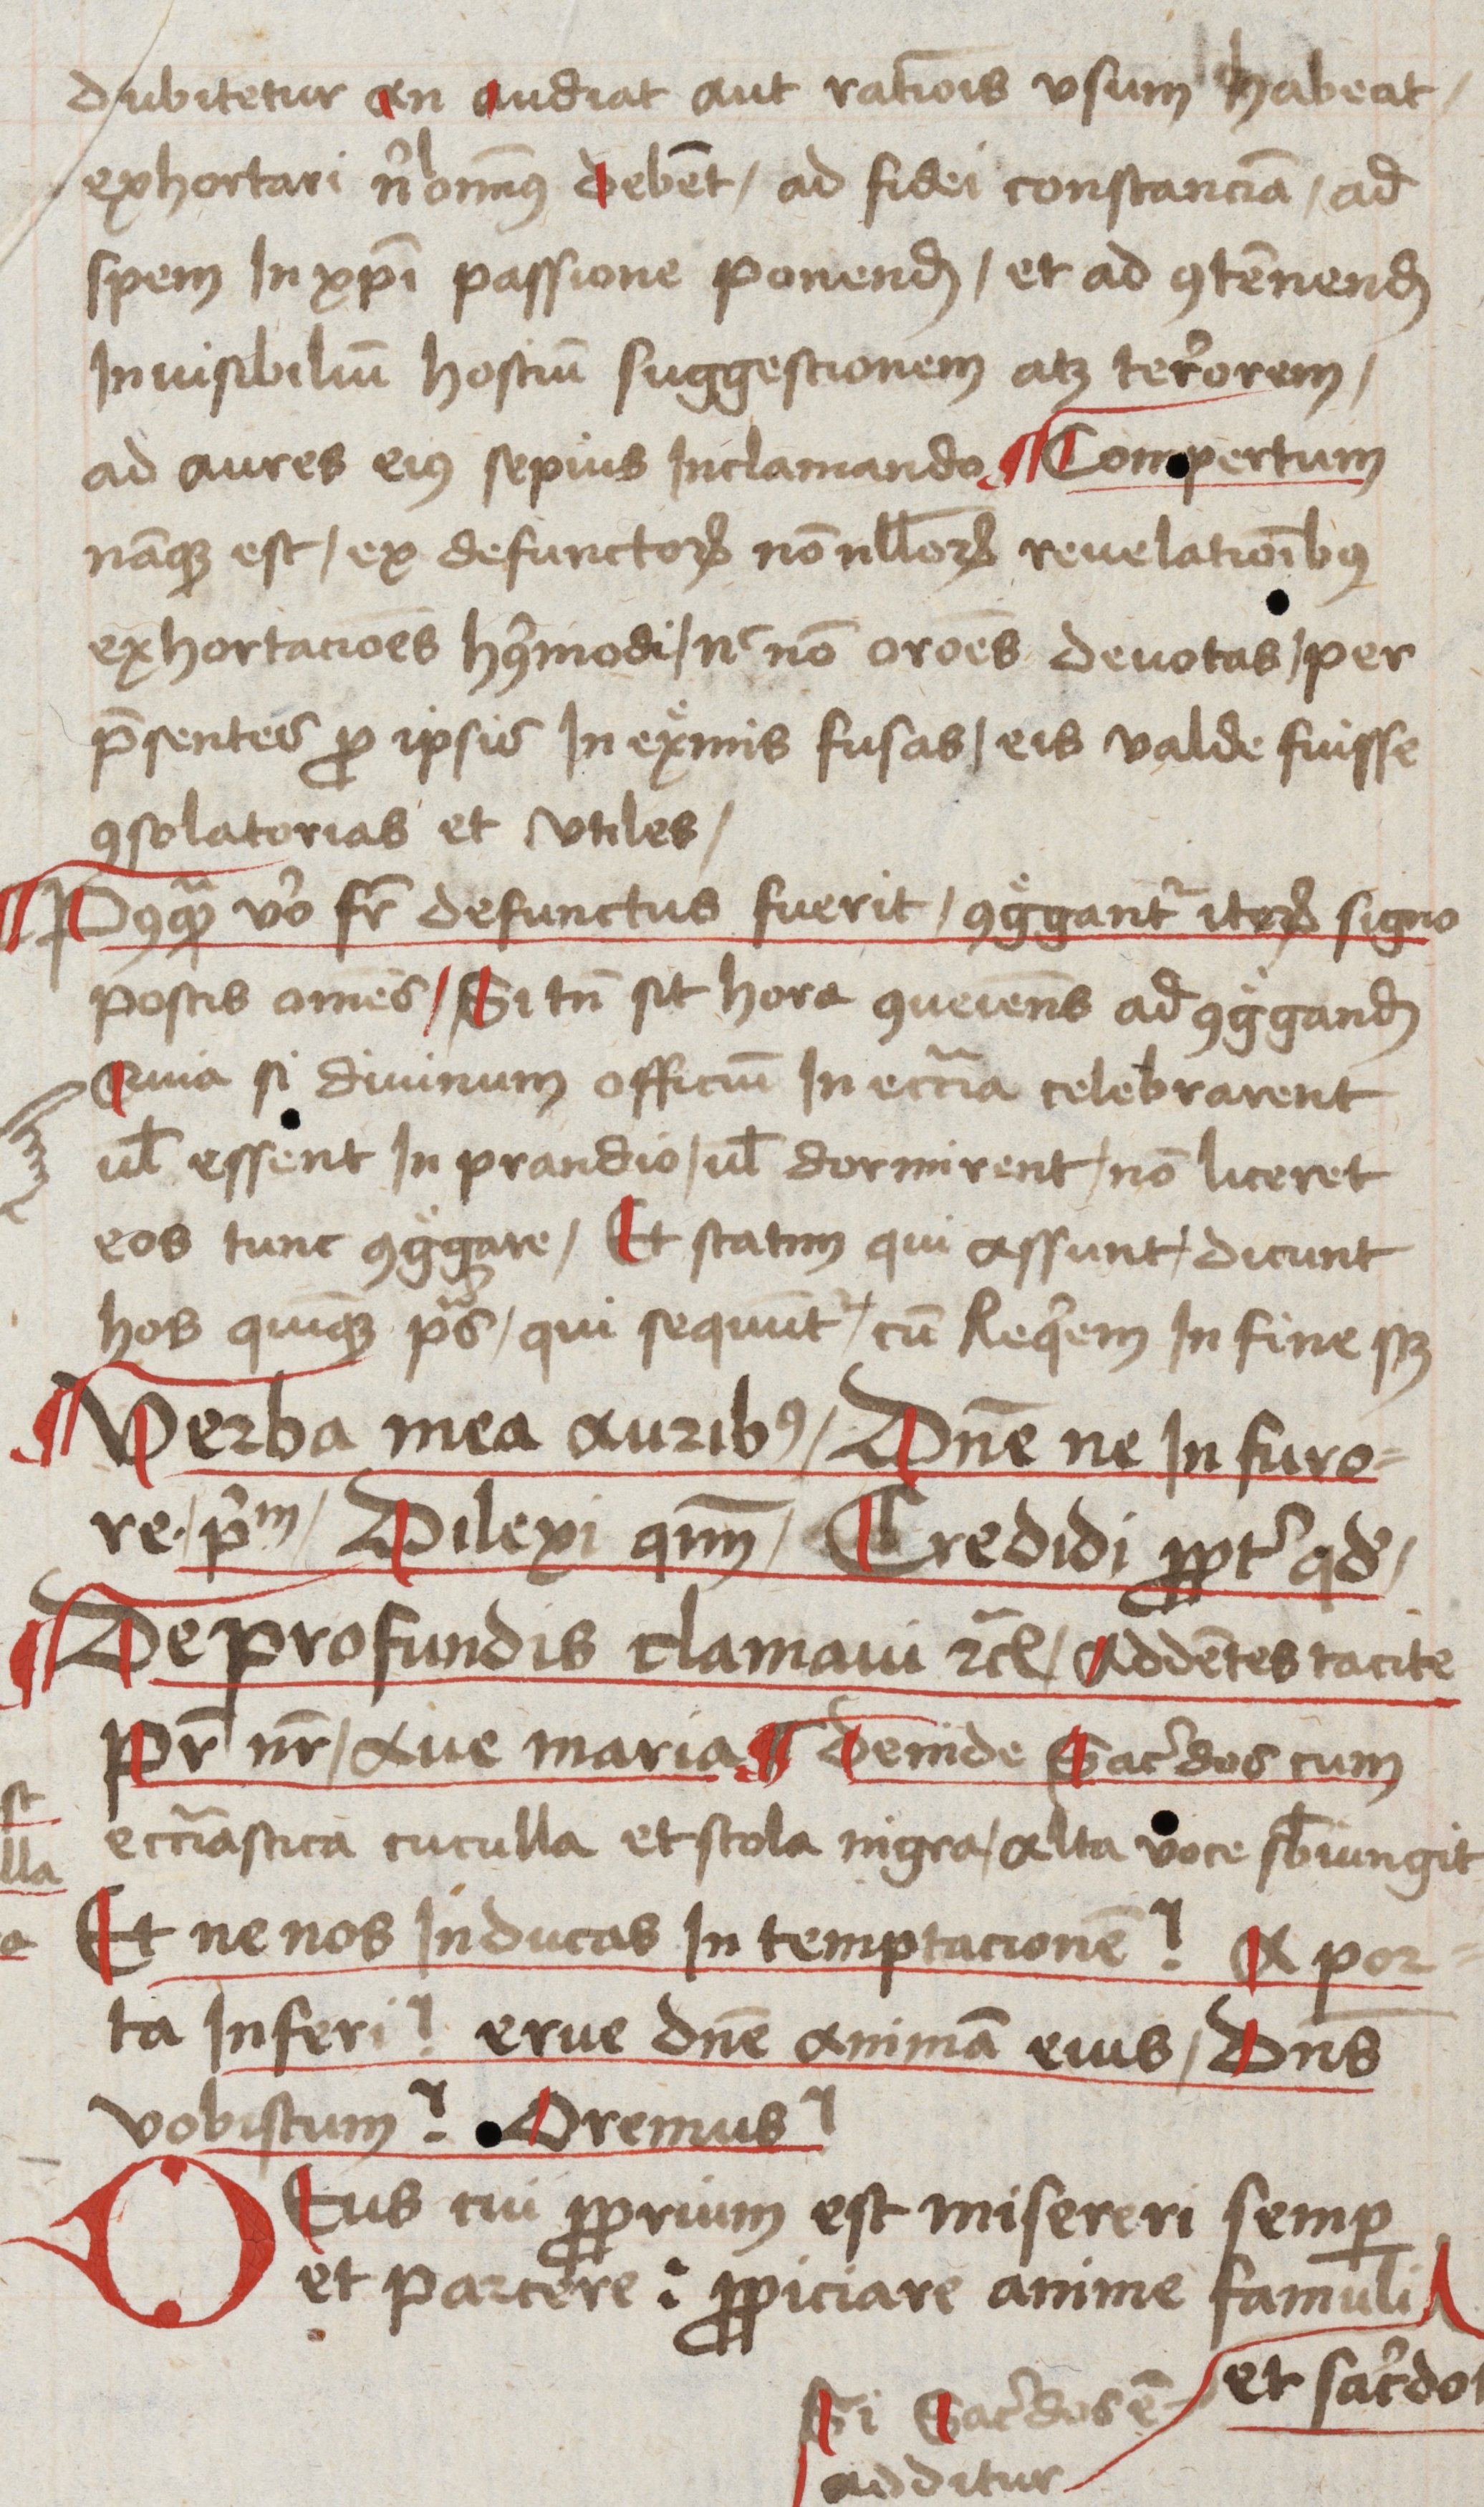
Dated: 1485–1515